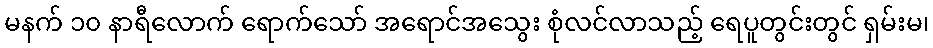
မနက် ၁၀ နာရီလောက် ရောက်သော် အရောင်အသွေး စုံလင်လာသည့် ရေပူတွင်းတွင် ရှမ်းမ၊